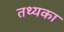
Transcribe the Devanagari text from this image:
तथ्यका